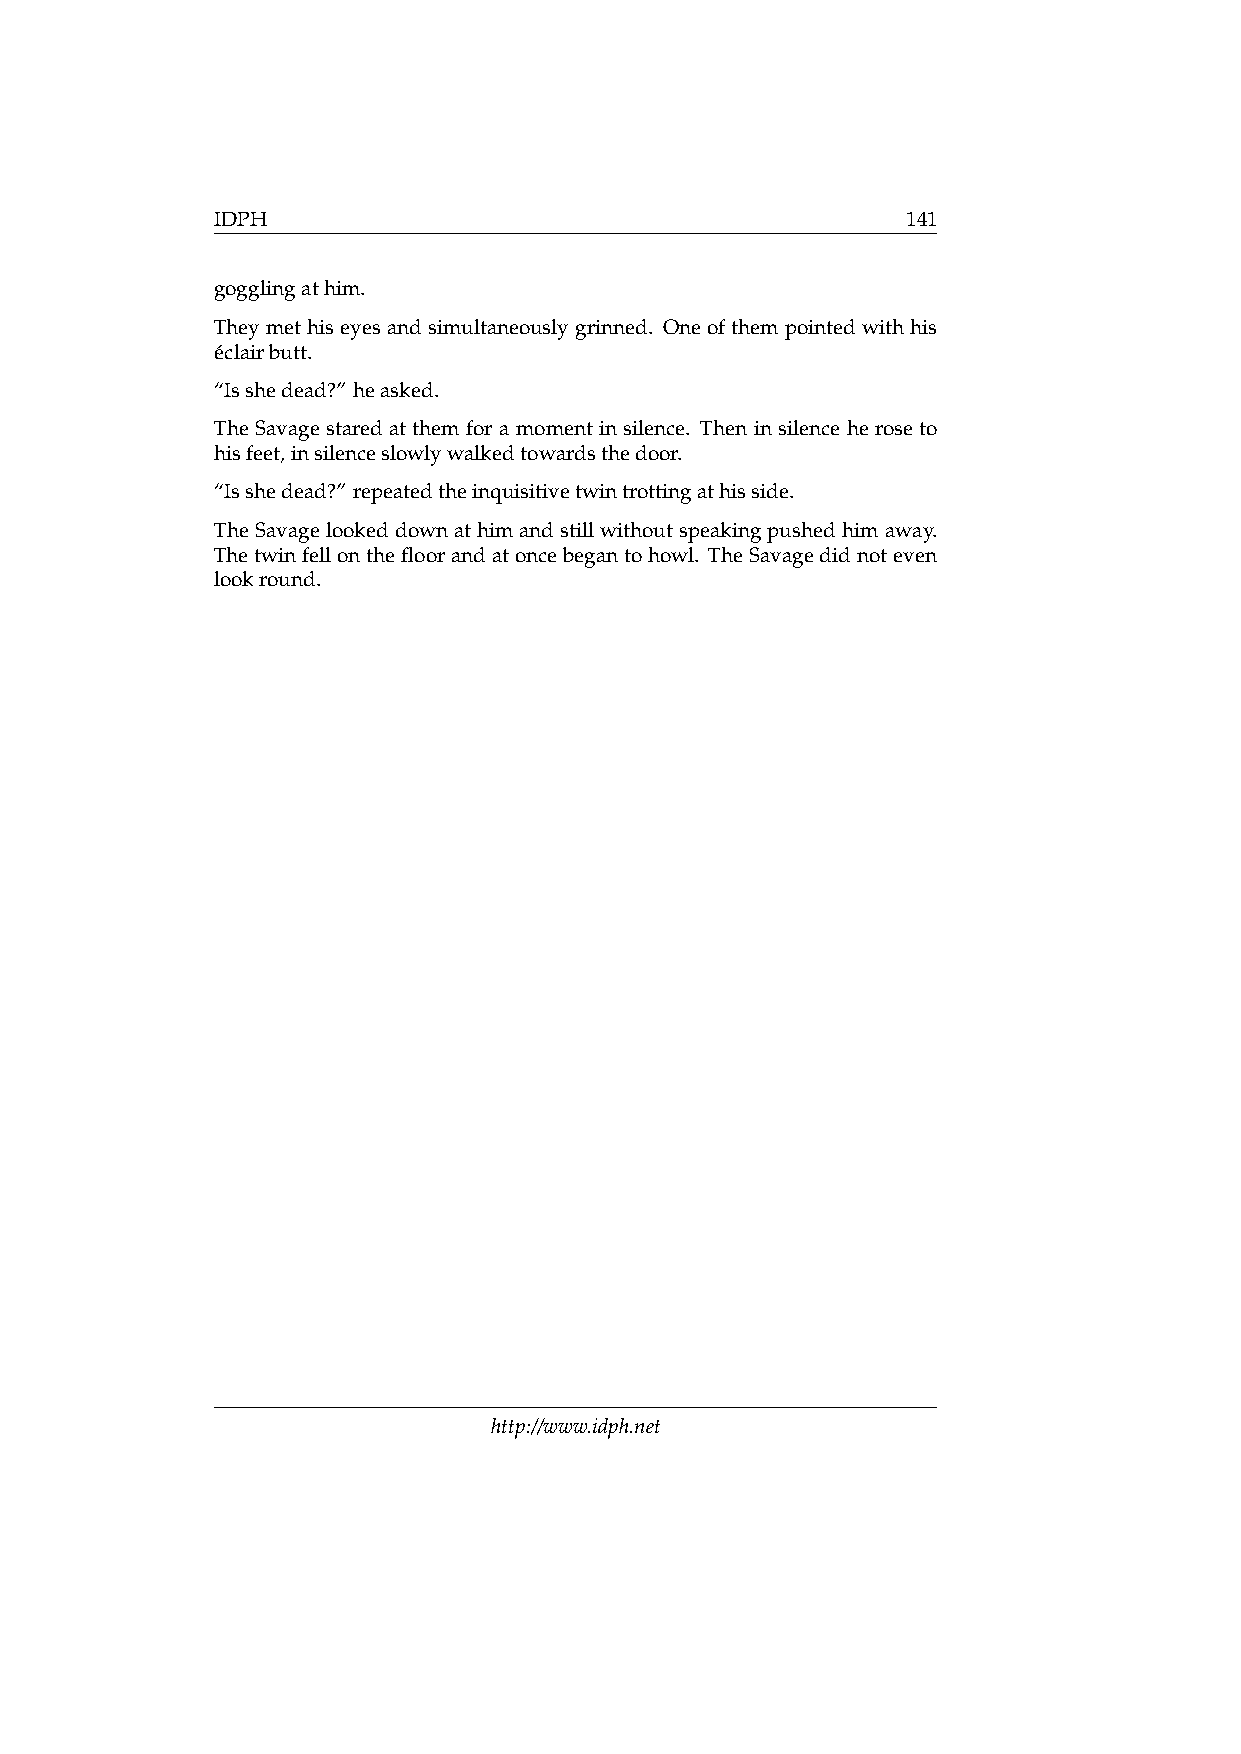
IDPH                                          141
 gogglingathim.
 Theymethiseyesandsimultaneouslygrinned. Oneofthempointedwithhis
 éclairbutt.
 “Isshedead?” heasked.
 The Savage stared at them for a moment in silence. Then in silence he rose to
 hisfeet,insilenceslowlywalkedtowardsthedoor.
 “Isshedead?” repeatedtheinquisitivetwintrottingathisside.
 TheSavagelookeddownathimandstillwithoutspeakingpushedhimaway.
 Thetwinfellonthefloorandatoncebegantohowl. TheSavagedidnoteven
 lookround.
 http://www.idph.net